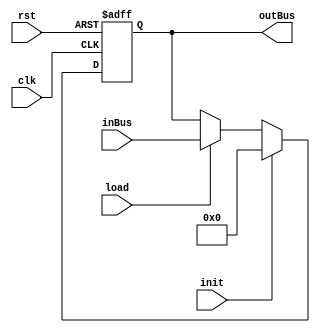
`timescale 1ns/1ns
module register(input clk, rst, load, init, input [15:0] inBus, output reg [15:0] outBus);
	always @(posedge clk, posedge rst)
		if (rst)
			outBus <= 16'b0000000000000000;
		else begin
			if (init)
				outBus <= 16'b0000000000000000;
				else
					if(load)
						outBus <= inBus;
	end
endmodule